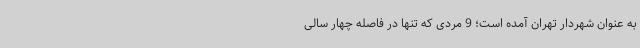
به‌ عنوان شهردار تهران آمده است؛ 9 مردی که تنها در فاصله چهار سالی